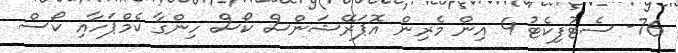
76- ސެޓުފިކެޓު 4 އިން މެރިން އޮޕަރޭޝަންސް ކޯސް ހިންގާ ކެމްޕަހާއި ކޯސް